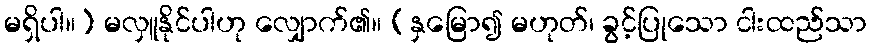
မရှိပါ။) မလှူနိုင်ပါဟု လျှောက်၏။ (နှမြော၍ မဟုတ်၊ ခွင့်ပြုသော ငါးထည်သာ